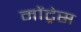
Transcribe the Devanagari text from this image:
मोंट्रेस